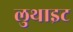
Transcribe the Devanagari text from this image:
लुथाइट